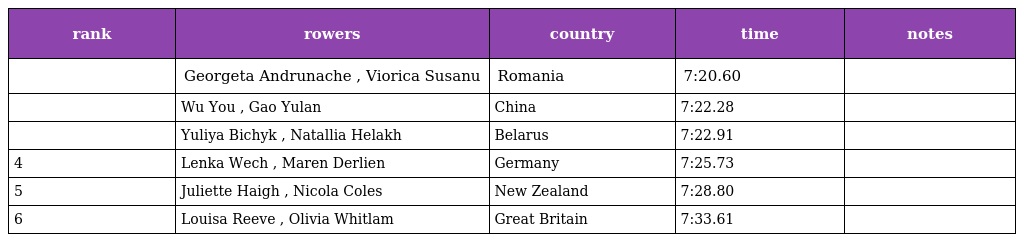
| rank | rowers | country | time | notes |
 | --- | --- | --- | --- | --- |
 |  | Georgeta Andrunache , Viorica Susanu | Romania | 7:20.60 |  |
 |  | Wu You , Gao Yulan | China | 7:22.28 |  |
 |  | Yuliya Bichyk , Natallia Helakh | Belarus | 7:22.91 |  |
 | 4 | Lenka Wech , Maren Derlien | Germany | 7:25.73 |  |
 | 5 | Juliette Haigh , Nicola Coles | New Zealand | 7:28.80 |  |
 | 6 | Louisa Reeve , Olivia Whitlam | Great Britain | 7:33.61 |  |